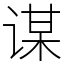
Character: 谋